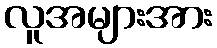
လူအများအား